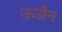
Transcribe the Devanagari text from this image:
ऊज्जैन